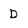
Character: D